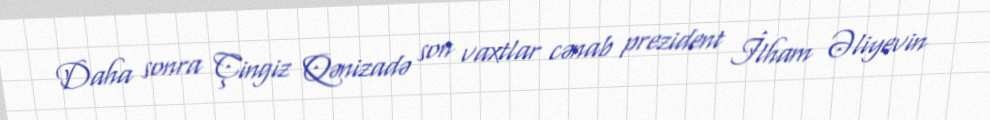
Daha sonra Çingiz Qənizadə son vaxtlar cənab prezident İlham Əliyevin